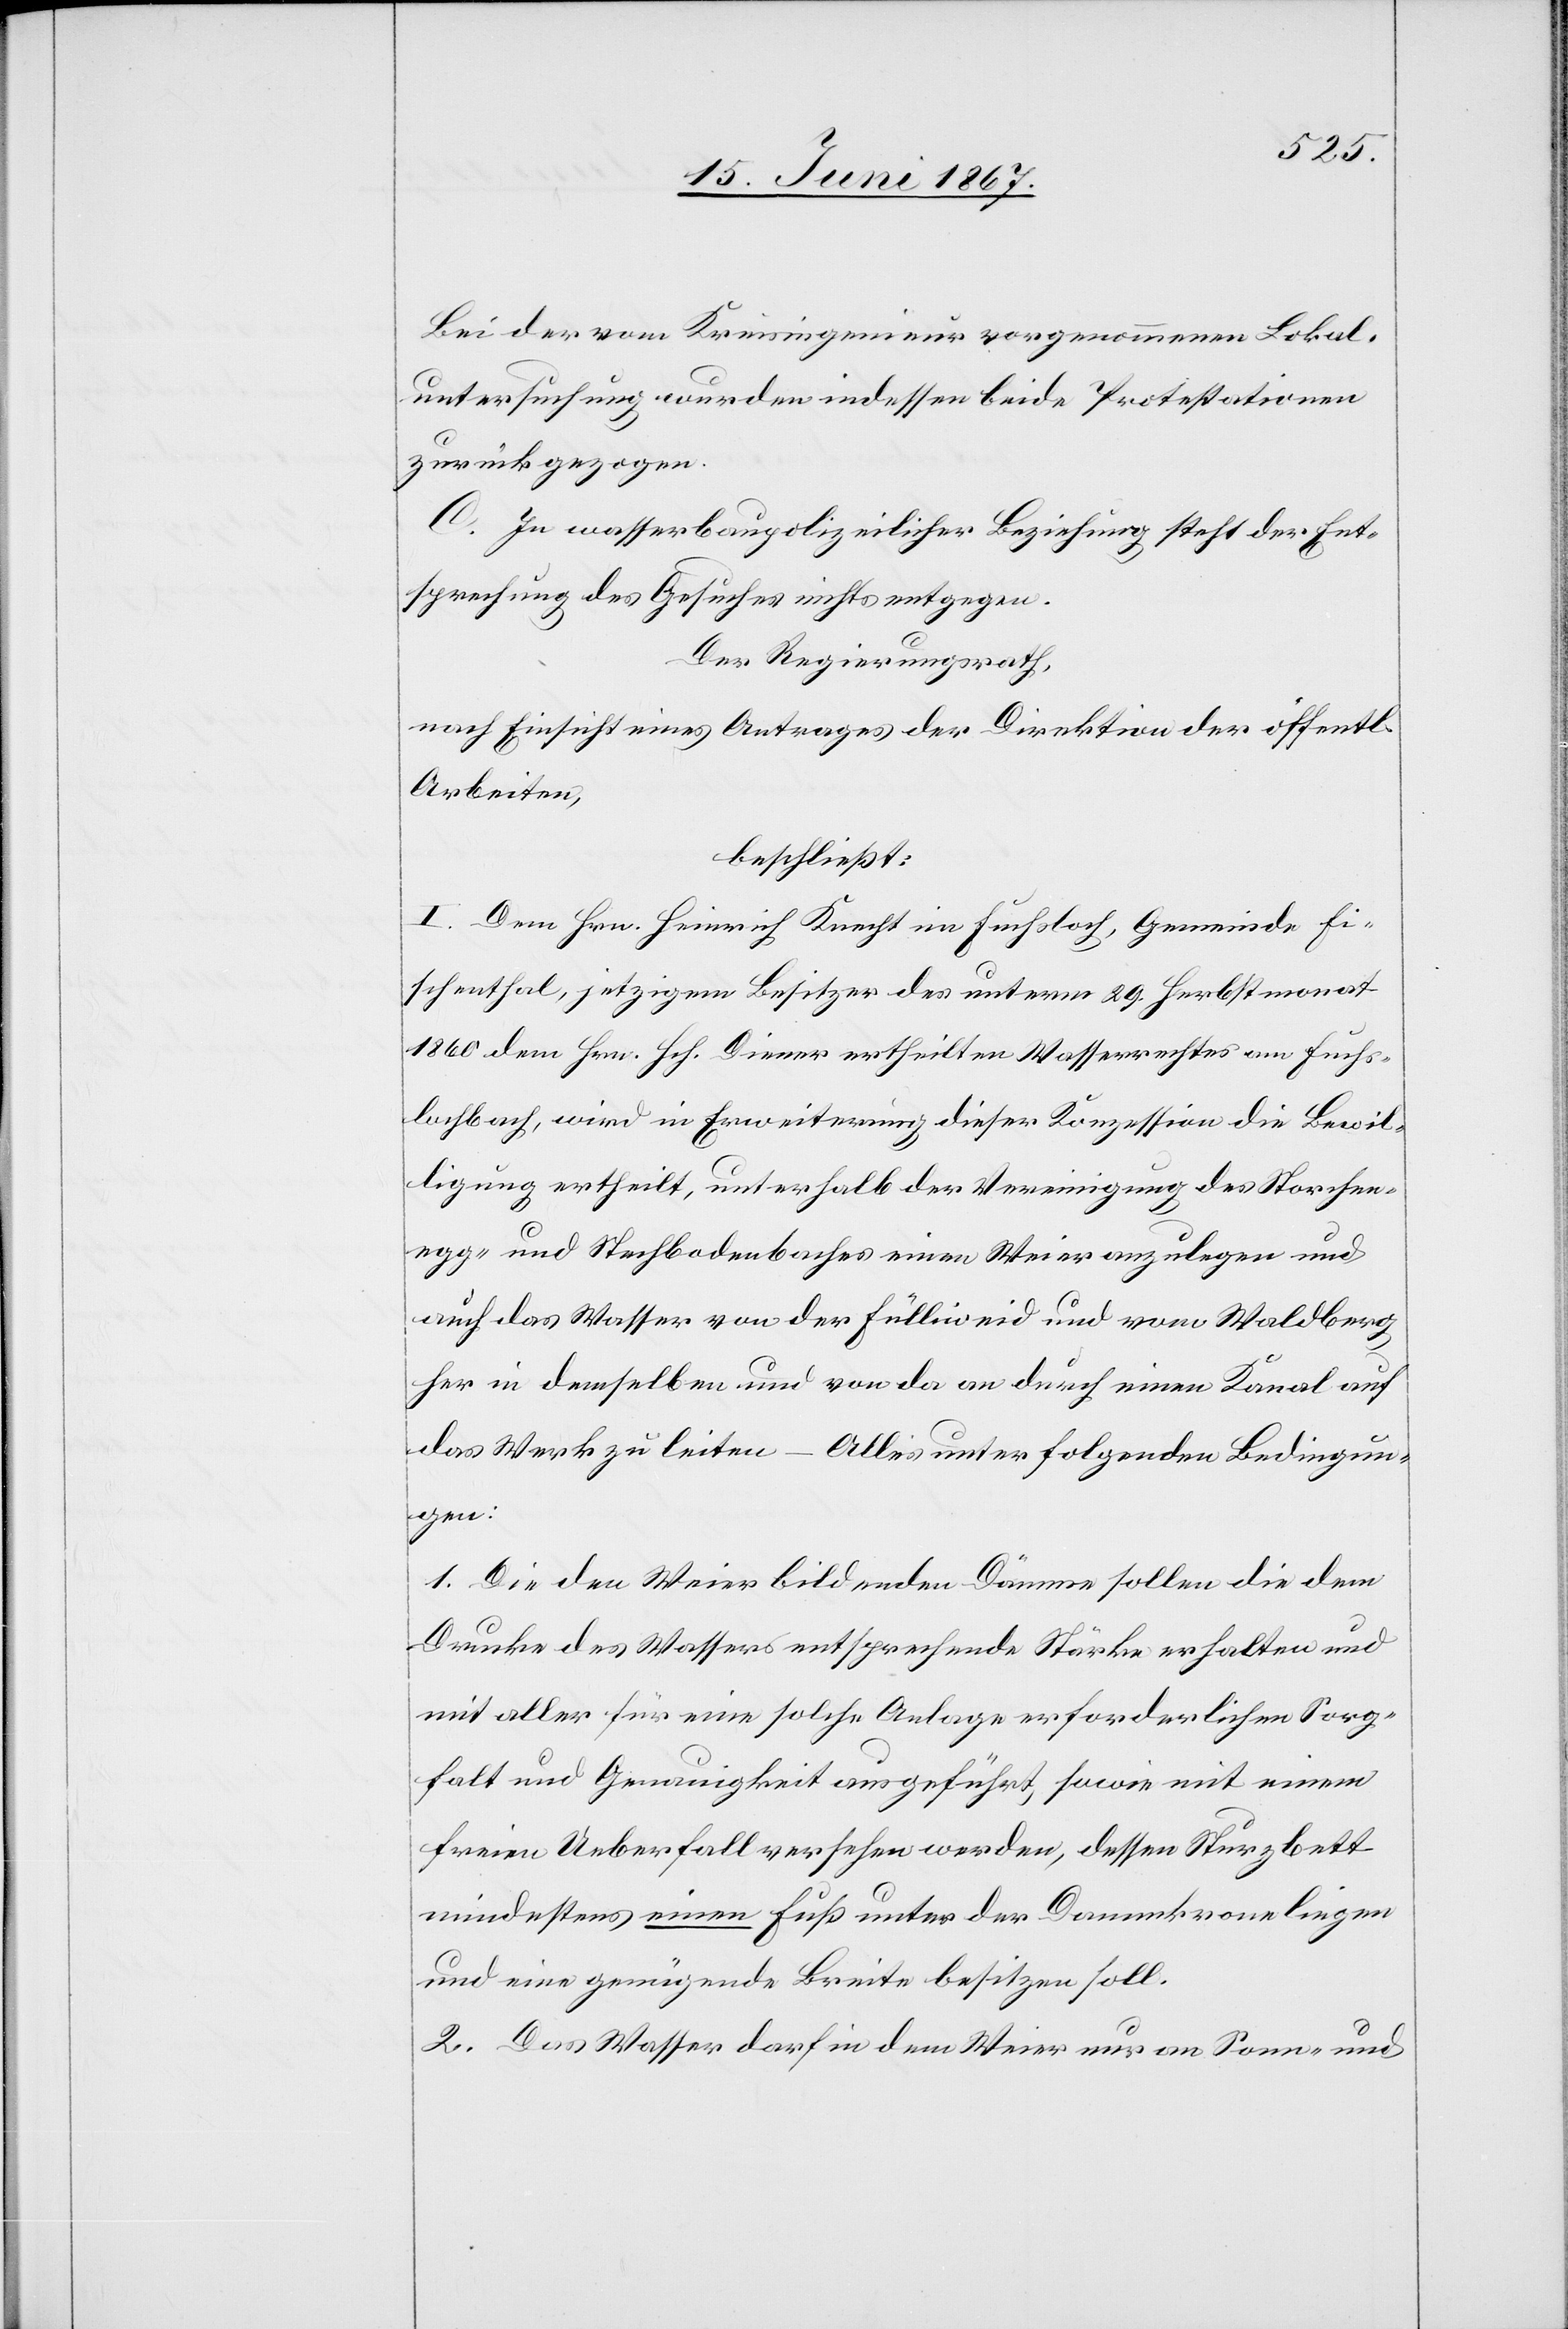
Bei der vom Kreisingenieur vorgenommenen Lokal¬
untersuchung wurden indessen beide Protestationen
zurückgezogen.
C. In wasserbaupolizeilicher Beziehung steht der Ent¬
sprechung des Gesuches nichts entgegen.
Der Regierungsrath,
nach Einsicht eines Antrages der Direktion der öffentl.
Arbeiten,
beschließt:
I. Dem Hrn. Heinrich Knecht im Fuchsloch, Gemeinde Fi¬
schenthal, jetzigem Besitzer des unterm 29. Herbstmonat
1860 dem Hrn. Hch. Diener ertheilten Wasserrechtes am Fuchs¬
lochbach, wird in Erweiterung dieser Konzession die Bewil¬
ligung ertheilt, unterhalb der Vereinigung des Storchen¬
egg- und Stechbodenbaches einen Weier anzulegen und
auch das Wasser von der Fülliweid und vom Waldberg
her in demselben und von da an durch einen Kanal auf
das Werk zu leiten – Alles unter folgenden Bedingun¬
gen:
1. Die den Weier bildenden Dämme sollen die dem
Drucke des Wassers entsprechende Stärke erhalten und
mit aller für eine solche Anlage erforderlichen Sorg¬
falt und Genauigkeit ausgeführt, sowie mit einem
freien Ueberfall versehen werden, dessen Sturzbett
mindestens einen Fuß unter der Dammkrone liegen
und eine genügende Breite besitzen soll.
2. Das Wasser darf in dem Weier nur an Sonn- und